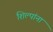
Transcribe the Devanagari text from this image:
शिल्पांना